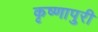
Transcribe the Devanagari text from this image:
कृष्णापुरी